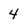
Character: 4